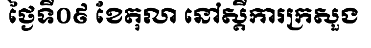
ថ្ងៃទី០៩ ខែតុលា នៅស្តីការក្រសួង